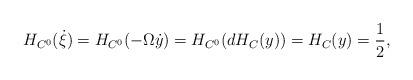
LaTeX: \begin{align*}H_{C^0}(\dot{\xi}) = H_{C^0}(- \Omega \dot{y}) = H_{C^0} (dH_C(y)) = H_C(y) = \frac{1}{2},\end{align*}